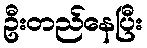
ဦးတည်နေပြီး